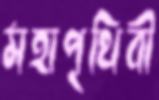
মহাপৃথিবী